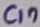
Text: C17